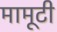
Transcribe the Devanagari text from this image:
मामूटी